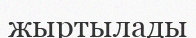
жыртылады